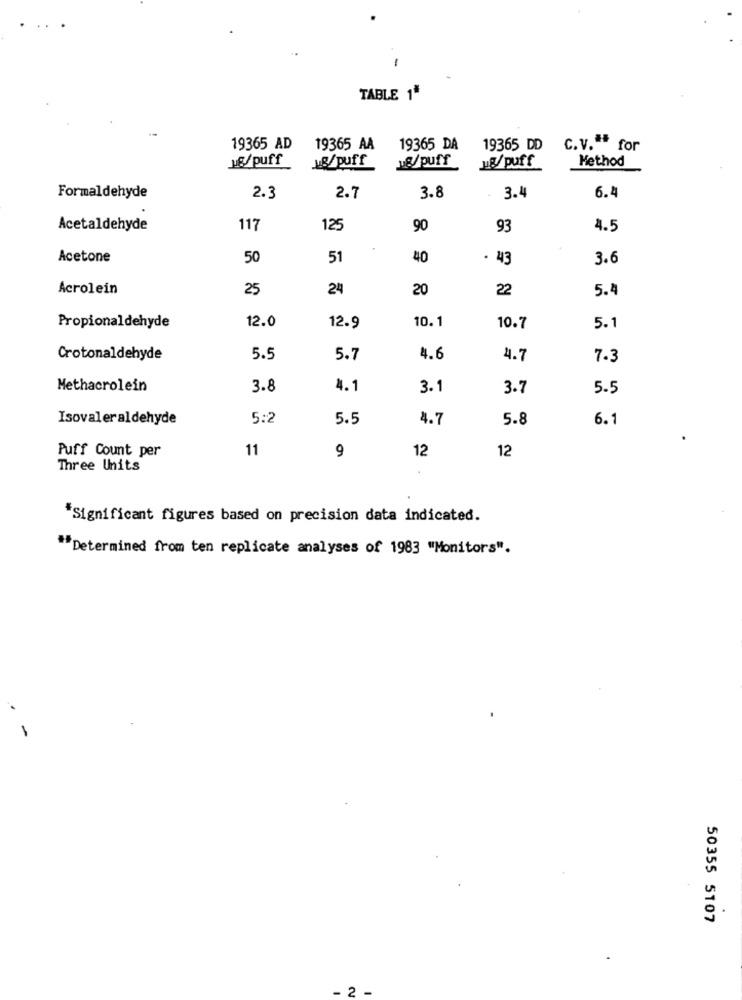
..
-
TABLE 1"
19365 AD
19365 AA
19365 DA
19365 DD
C.V."* for
je/puff
MB/puff
1&/puff
ug/puff
Method
Formaldehyde
2.3
2.7
3.8
3.4
6.4
Acetaldehyde
117
125
90
93
4.5
Acetone
50
51
40
. 43
3.6
Acrolein
25
24
20
22
5.4
12.0
10.1
Propionaldehyde
12.9
10.7
5.1
Crotonaldehyde
5.5
5.7
4.6
4.7
7.3
Methacrolein
3.8
4.1
3.1
3.7
5.5
Isovaleraldehyde
5:2
5.5
4.7
5.8
6.1
11
9
12
12
Puff Count per
Three Units
*Significant figures based on precision data indicated.
"Determined from ten replicate analyses of 1983 "Monitors".
-
50355 5107
2 -